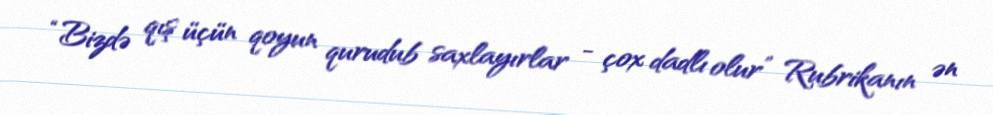
“Bizdə qış üçün qoyun qurudub saxlayırlar - çox dadlı olur” Rubrikanın ən